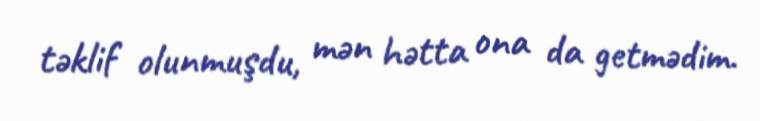
təklif olunmuşdu, mən hətta ona da getmədim.